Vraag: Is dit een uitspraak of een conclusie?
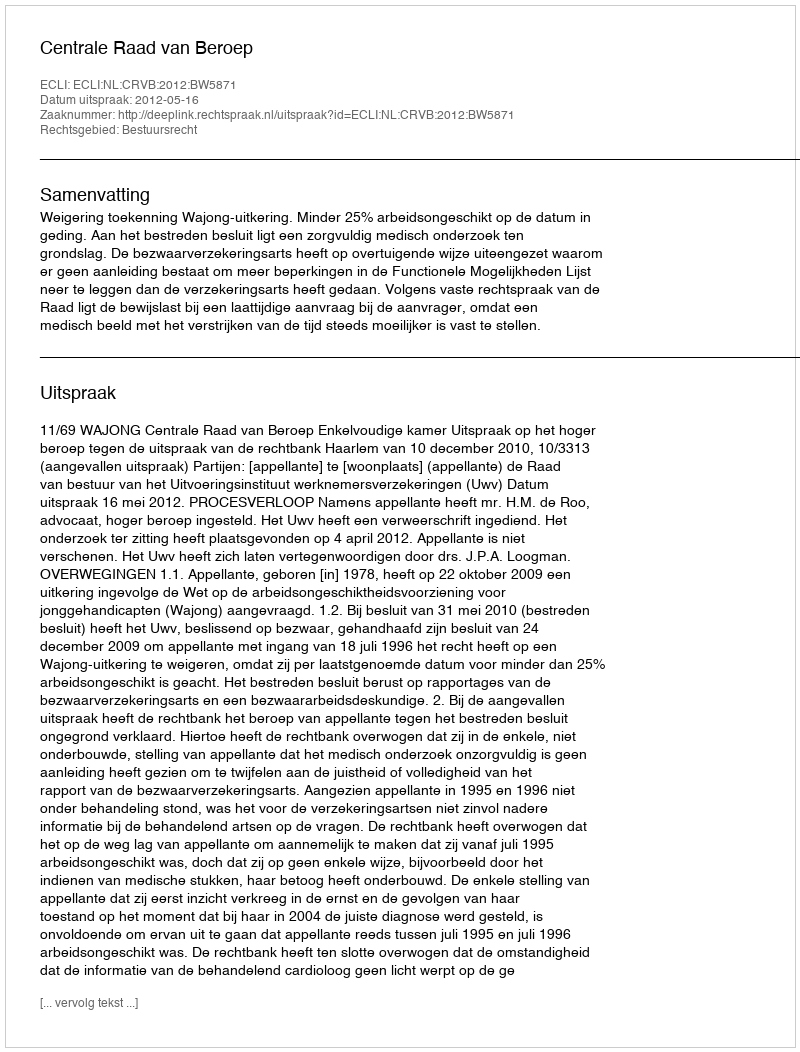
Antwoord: Uitspraak